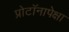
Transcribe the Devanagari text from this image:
प्रोटॉनापेक्षा